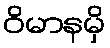
ဝိမာနမှိ